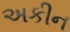
અકીન